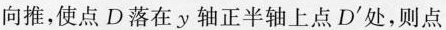
向推，使点D落在y轴正半轴上点D^{\prime}处，则点